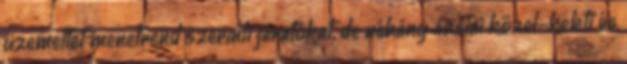
üzemeltet menetrend szerinti járatokat, de néhány ázsiai közel-keleti és